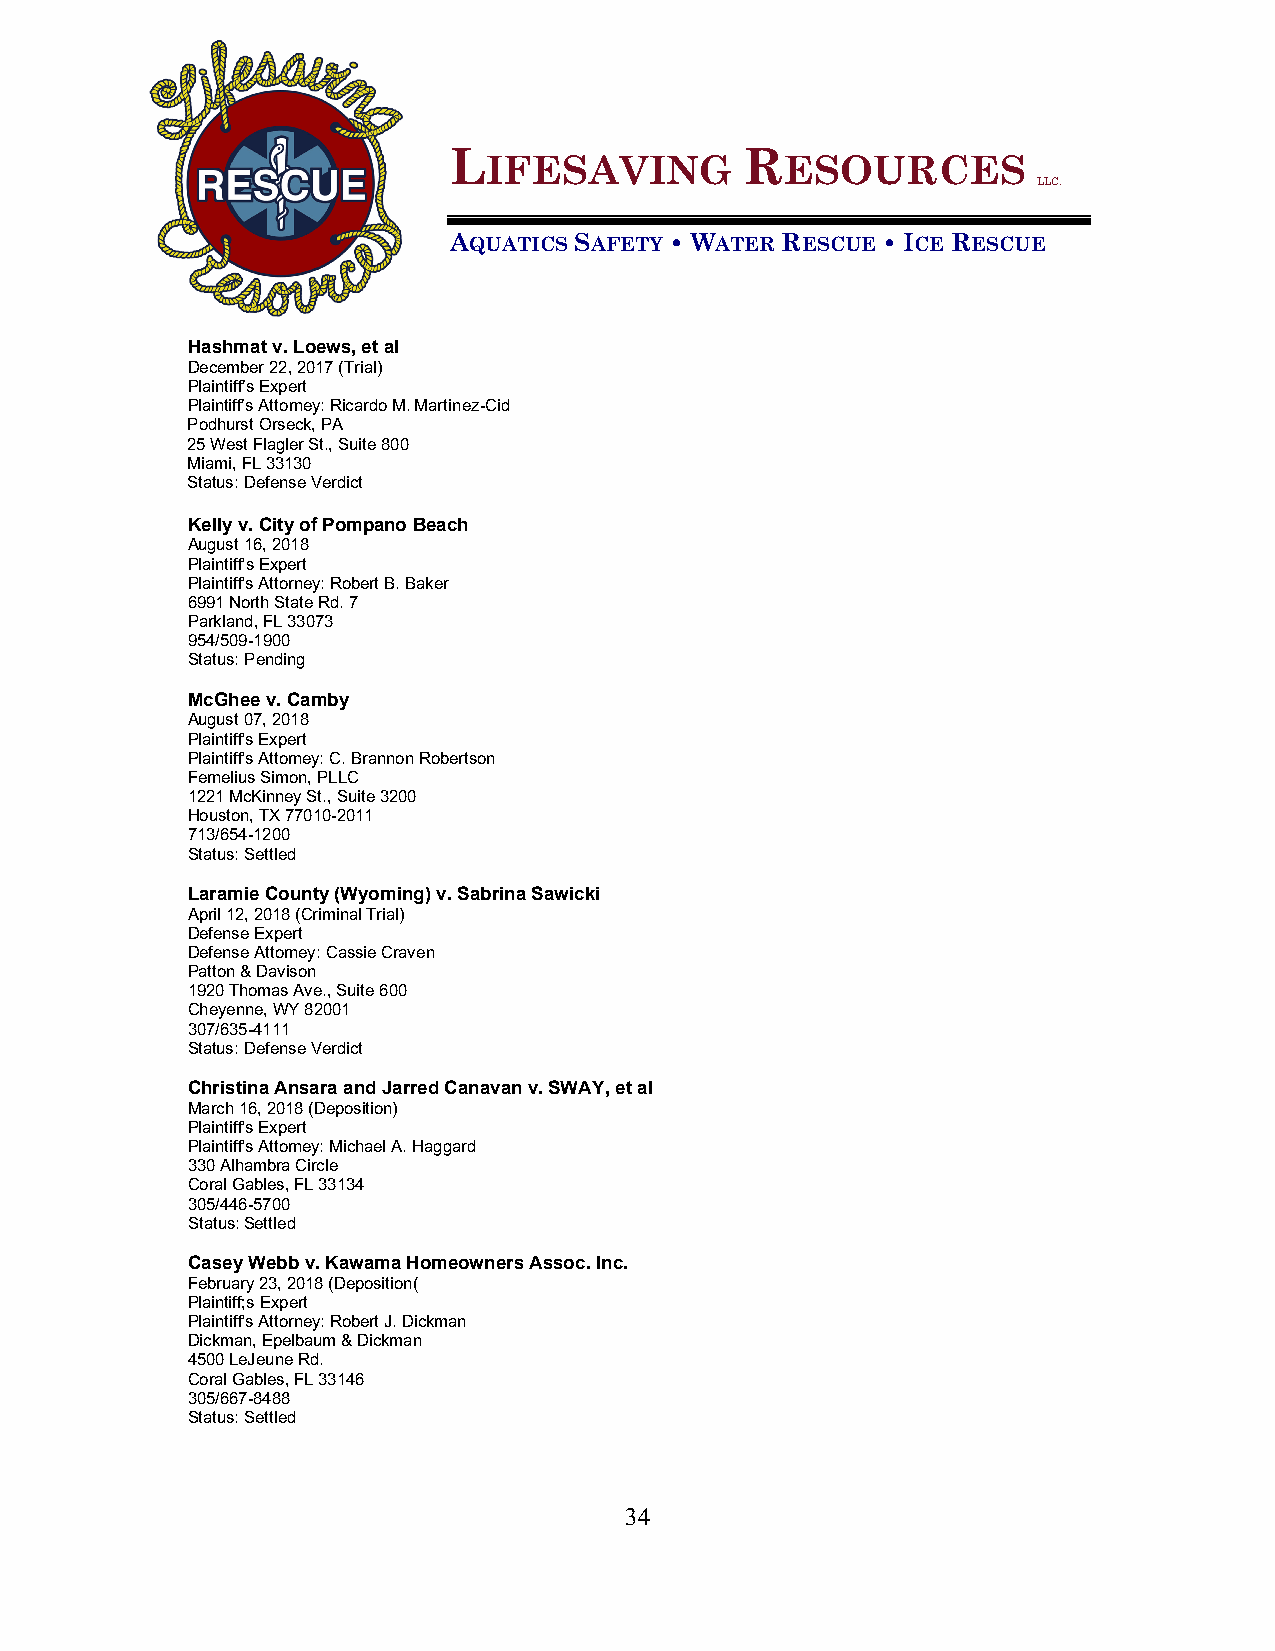
L                  R
 IFESAVING           ESOURCES
 LLC.
 AQUATICS SAFETY • WATER RESCUE • ICE RESCUE
 Hashmat v. Loews, et al
 December 22, 2017 (Trial)
 Plaintiff’s Expert
 Plaintiff’s Attorney: Ricardo M. Martinez-Cid
 Podhurst Orseck, PA
 25 West Flagler St., Suite 800
 Miami, FL 33130
 Status: Defense Verdict
 Kelly v. City of Pompano Beach
 August 16, 2018
 Plaintiff's Expert
 Plaintiff's Attorney: Robert B. Baker
 6991 North State Rd. 7
 Parkland, FL 33073
 954/509-1900
 Status: Pending
 McGhee v. Camby
 August 07, 2018
 Plaintiff's Expert
 Plaintiff's Attorney: C. Brannon Robertson
 Fernelius Simon, PLLC
 1221 McKinney St., Suite 3200
 Houston, TX 77010-2011
 713/654-1200
 Status: Settled
 Laramie County (Wyoming) v. Sabrina Sawicki
 April 12, 2018 (Criminal Trial)
 Defense Expert
 Defense Attorney: Cassie Craven
 Patton & Davison
 1920 Thomas Ave., Suite 600
 Cheyenne, WY 82001
 307/635-4111
 Status: Defense Verdict
 Christina Ansara and Jarred Canavan v. SWAY, et al
 March 16, 2018 (Deposition)
 Plaintiff's Expert
 Plaintiff's Attorney: Michael A. Haggard
 330 Alhambra Circle
 Coral Gables, FL 33134
 305/446-5700
 Status: Settled
 Casey Webb v. Kawama Homeowners Assoc. Inc.
 February 23, 2018 (Deposition(
 Plaintiff;s Expert
 Plaintiff's Attorney: Robert J. Dickman
 Dickman, Epelbaum & Dickman
 4500 LeJeune Rd.
 Coral Gables, FL 33146
 305/667-8488
 Status: Settled
 34